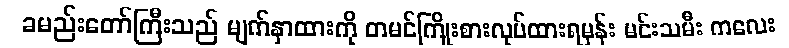
ခမည်းတော်ကြီးသည် မျက်နှာထားကို တမင်ကြိုးစားလုပ်ထားရမှန်း မင်းသမီး ကလေး